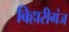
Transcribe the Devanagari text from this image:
बिहारीगंज